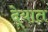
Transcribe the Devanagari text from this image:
दे्यात